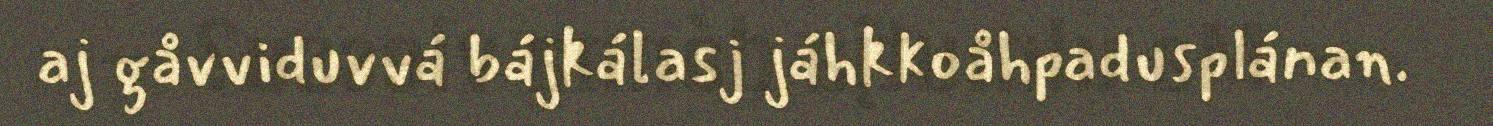
aj gåvviduvvá bájkálasj jáhkkoåhpadusplánan.